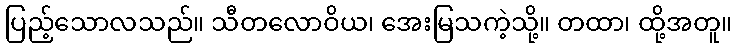
ပြည့်သောလသည်။ သီတလောဝိယ၊ အေးမြသကဲ့သို့။ တထာ၊ ထို့အတူ။